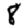
Digit: 8